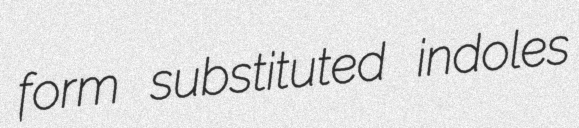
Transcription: form substituted indoles